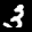
Label: 3